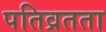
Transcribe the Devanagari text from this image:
पतिव्रतता